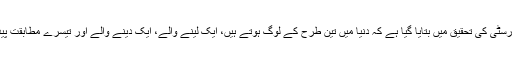
پینسلوانیا یونیورسٹی کی تحقیق میں بتایا گیا ہے کہ دنیا میں تین طرح کے لوگ ہوتے ہیں، ایک لینے والے، ایک دینے والے اور تیسرے مطابقت پیدا کرنے والے۔